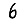
Digit: 6